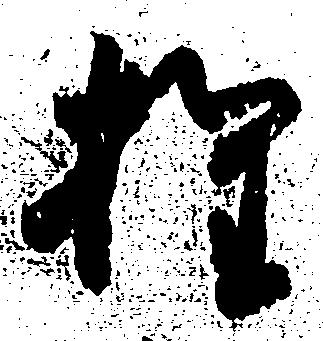
権